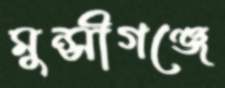
মুন্সীগঞ্জে